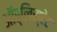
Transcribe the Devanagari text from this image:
ऑर्लिस्टेट